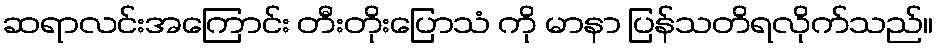
ဆရာလင်းအကြောင်း တီးတိုးပြောသံ ကို မာနာ ပြန်သတိရလိုက်သည်။